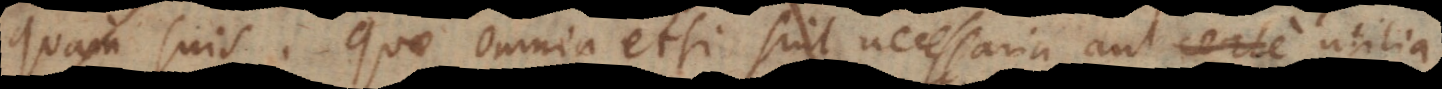
quam suis. Quae omnia etsi sint necessaria aut utilia,